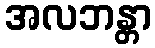
အလဘန္တာ